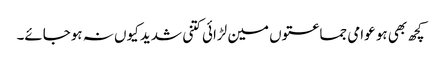
کچھ بھی ہو عوامی جماعتوں مین لڑائی کتنی شدید کیوں نہ ہوجائے۔